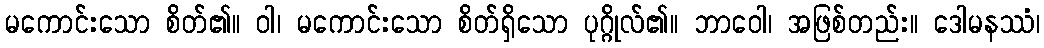
မကောင်းသော စိတ်၏။ ဝါ၊ မကောင်းသော စိတ်ရှိသော ပုဂ္ဂိုလ်၏။ ဘာဝေါ၊ အဖြစ်တည်း။ ဒေါမနဿံ၊